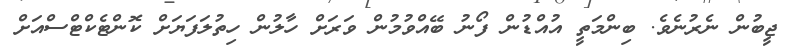
ޖީބުން ނެރުނެވެ. ބިންމަތީ އުއްޑުން ފޯނު ބޭއްވުމުން ވަރަށް ހާލުން ހިތުލަފަޔަށް ކޮންޓެކްޓްސްއަށް